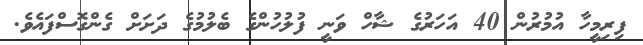
ފިރިމީހާ އުމުރުން 40 އަހަރުގެ ޝާހް ވަނީ ފުލުހުންގެ ބެލުމުގެ ދަށަށް ގެންގޮސްފައެވެ.